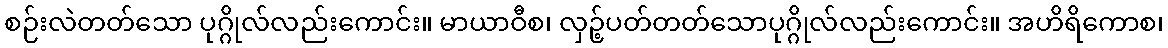
စဉ်းလဲတတ်သော ပုဂ္ဂိုလ်လည်းကောင်း။ မာယာဝီစ၊ လှဉ့်ပတ်တတ်သောပုဂ္ဂိုလ်လည်းကောင်း။ အဟိရိကောစ၊